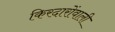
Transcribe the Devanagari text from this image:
किरदारोंवाली